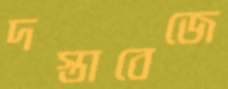
দস্তাবেজে